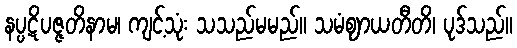
နပ္ပဋိပဇ္ဇတိနာမ၊ ကျင့်သုံး သသည်မမည်။ သမံဈာယတီတိ၊ ပုဒ်သည်။